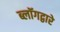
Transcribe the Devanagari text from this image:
ब्लॉगद्वारे